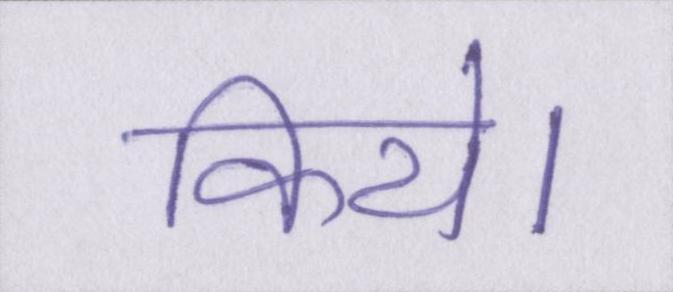
किये।